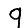
Digit: 9